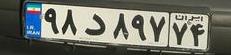
۹۸د۸۹۷۷۴